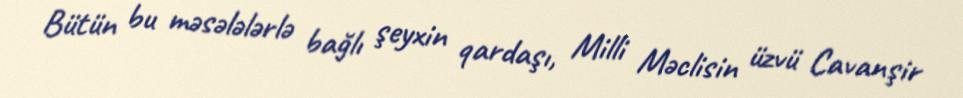
Bütün bu məsələlərlə bağlı şeyxin qardaşı, Milli Məclisin üzvü Cavanşir